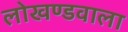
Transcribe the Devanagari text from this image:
लोखण्डवाला